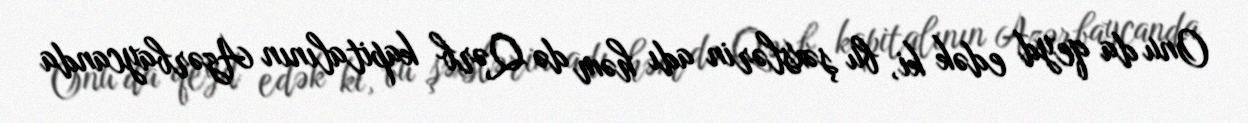
Onu da qeyd edək ki, bu şəxslərin adı həm də Qərb kapitalının Azərbaycanda